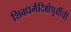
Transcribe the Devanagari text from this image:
शिवधर्मदिक्षेपूर्वीची